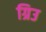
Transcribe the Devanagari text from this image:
ग्रिउ